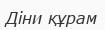
Діни құрам